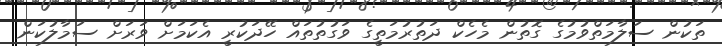
ތަކުން ސަލާމަތްވުމުގެ ގޮތުން މެހެކް ދަތުރުމަތީގެ ވަގުތުތައް ހޭދަކުރީ އެކަމަށް ވަރަށް ސަމާލުކަން